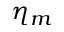
\eta _ { m }